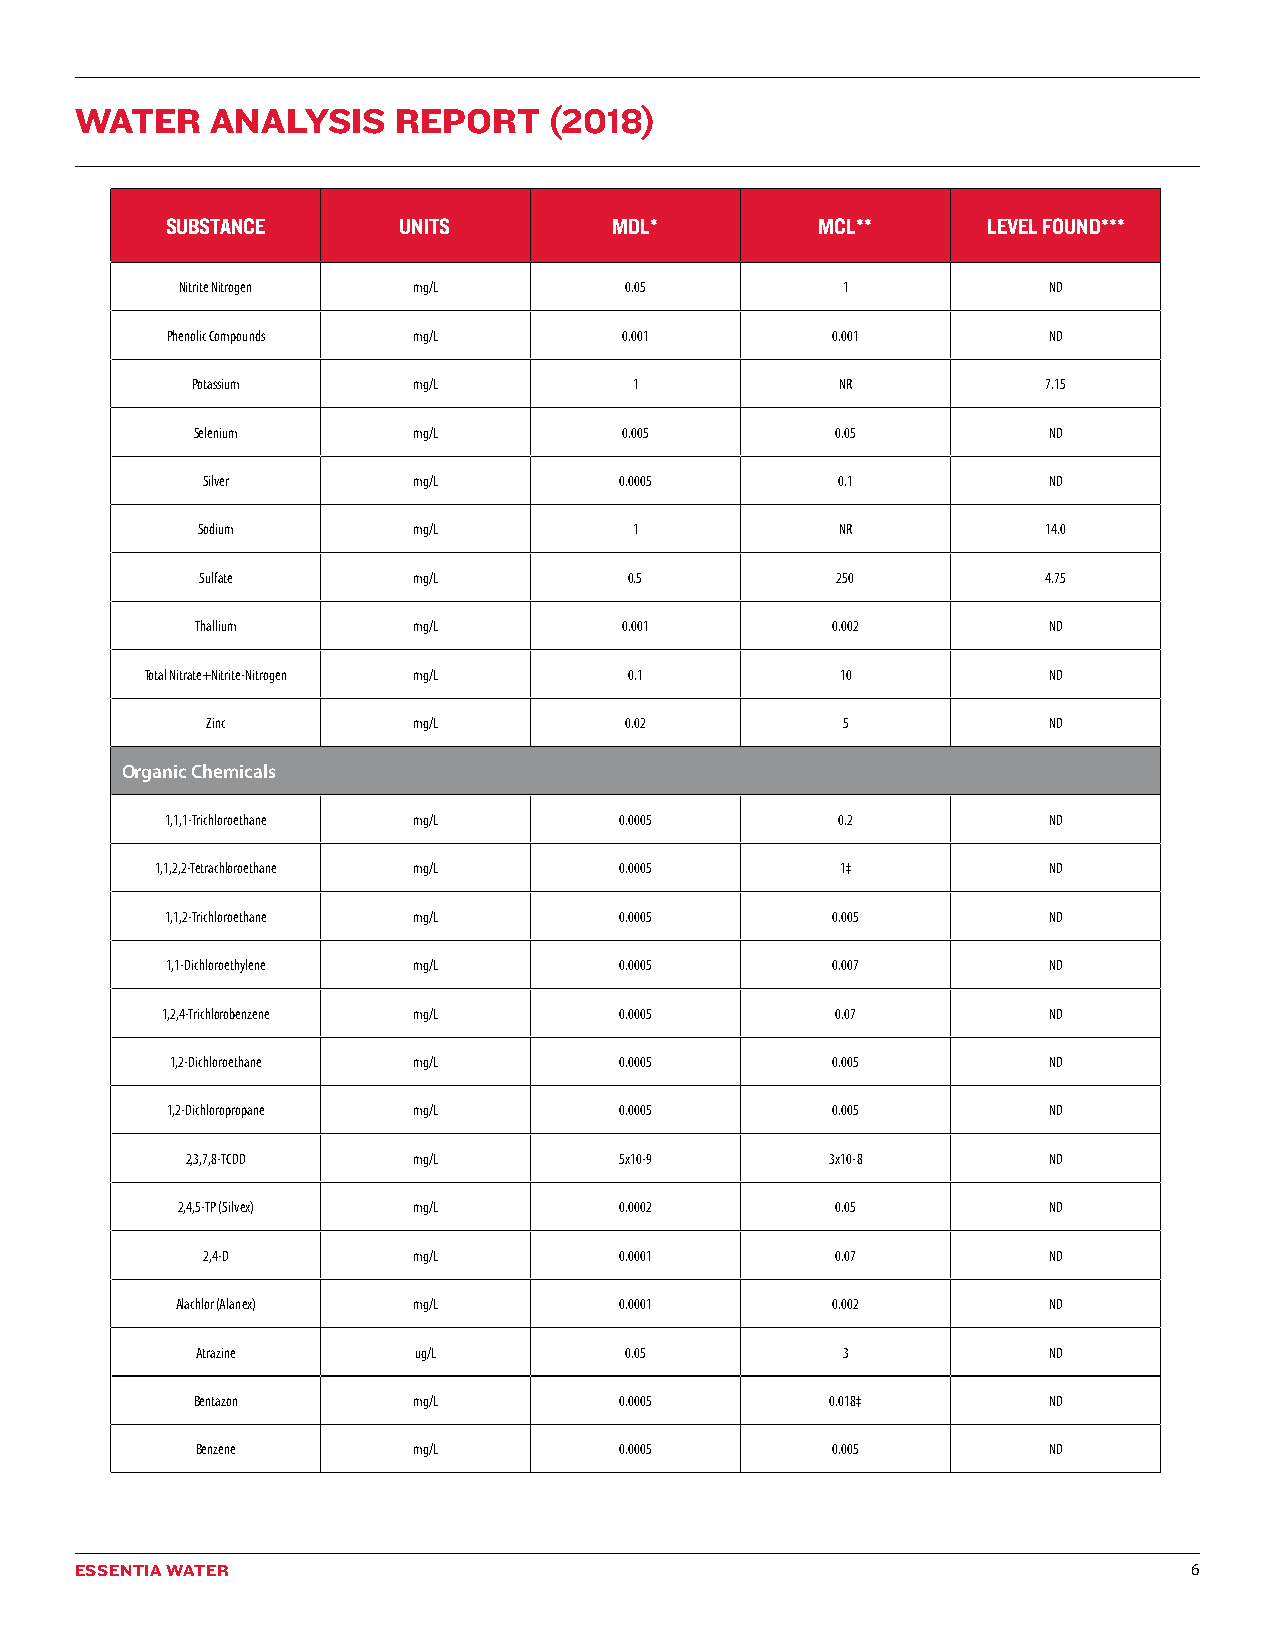
WATER    ANALYSIS    REPORT    (2018)
 SUBSTANCE       UNITS         MDL*         MCL**      LEVEL FOUND***
 Nitrite Nitrogen mg/L        0.05           1            ND
 Phenolic Compounds mg/L       0.001         0.001         ND
 Potassium     mg/L           1             NR           7.15
 Selenium      mg/L          0.005         0.05          ND
 Silver        mg/L          0.0005         0.1          ND
 Sodium        mg/L           1             NR           14.0
 Sulfate       mg/L           0.5          250           4.75
 Thallium      mg/L          0.001         0.002         ND
 Total Nitrate+Nitrite-Nitrogen mg/L 0.1       10           ND
 Zinc         mg/L          0.02           5            ND
 Organic Chemicals
 1,1,1-Trichloroethane mg/L    0.0005         0.2          ND
 1,1,2,2-Tetrachloroethane mg/L 0.0005         1‡           ND
 1,1,2-Trichloroethane mg/L    0.0005        0.005         ND
 1,1-Dichloroethylene mg/L     0.0005        0.007         ND
 1,2,4-Trichlorobenzene mg/L   0.0005        0.07          ND
 1,2-Dichloroethane mg/L       0.0005        0.005         ND
 1,2-Dichloropropane mg/L      0.0005        0.005         ND
 2,3,7,8-TCDD   mg/L          5x10-9        3x10-8        ND
 2,4,5-TP (Silvex) mg/L       0.0002        0.05          ND
 2,4-D         mg/L          0.0001        0.07          ND
 Alachlor (Alanex) mg/L       0.0001        0.002         ND
 Atrazine      ug/L          0.05           3            ND
 Bentazon      mg/L          0.0005        0.018‡        ND
 Benzene       mg/L          0.0005        0.005         ND
 ESSENTIA WATER                                                            6